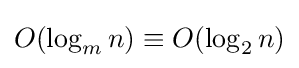
{\textstyle O(\log _{m}n)\equiv O(\log _{2}n)}